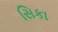
સિકા